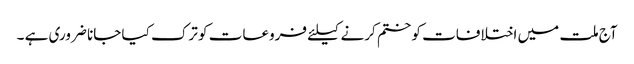
آج ملت میں اختلافات کو ختم کرنے کیلئے فروعات کو ترک کیا جانا ضروری ہے ۔